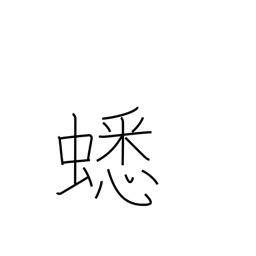
Meaning: cricket